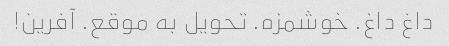
داغ داغ. خوشمزه. تحویل به موقع. آفرین!